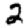
Digit: 2